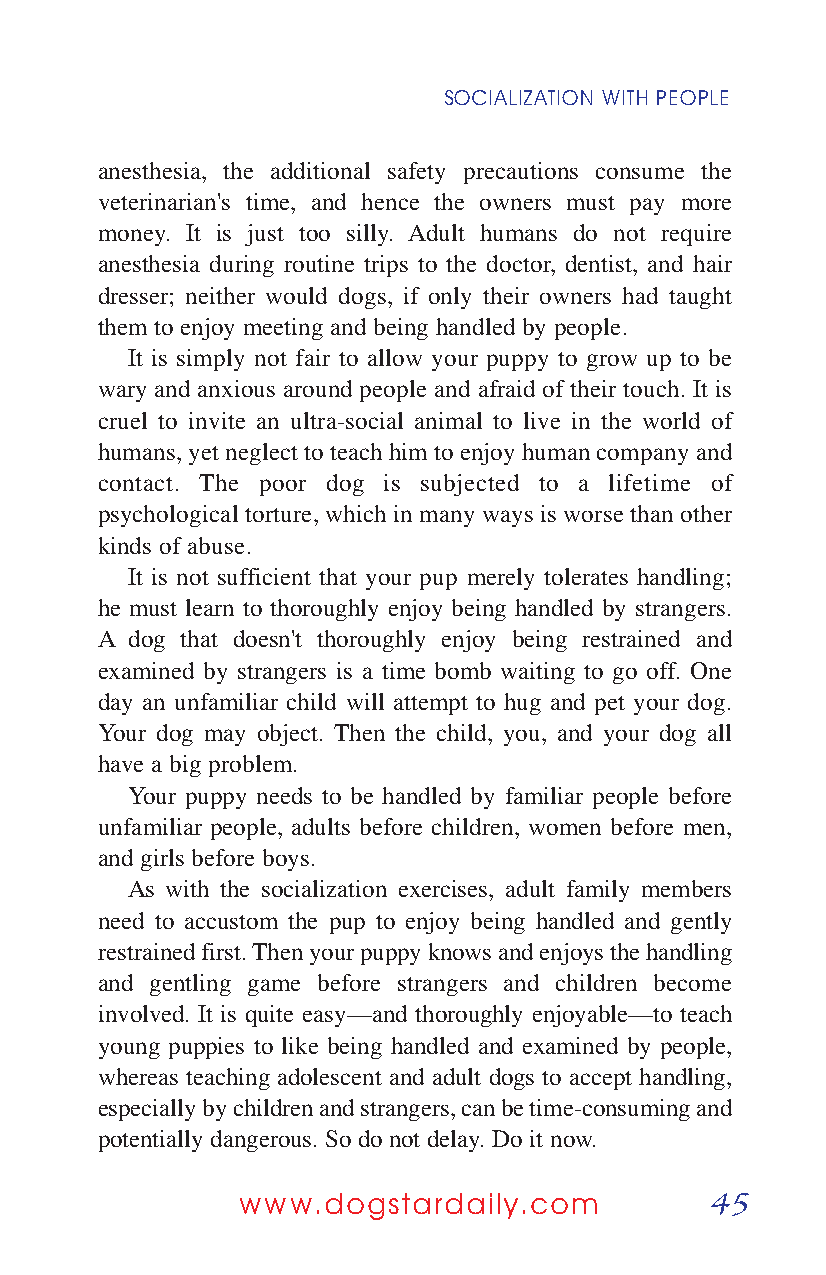
SOCIALIZATION WITH PEOPLE
 anesthesia, the additional safety precautions consume the
 veterinarian's time, and hence the owners must pay more
 money. It is just too silly. Adult humans do not require
 anesthesia during routine trips to the doctor, dentist, and hair
 dresser; neither would dogs, if only their owners had taught
 them to enjoy meeting and being handled by people.
 It is simply not fair to allow your puppy to grow up to be
 wary and anxious around people and afraid of their touch. It is
 cruel to invite an ultra-social animal to live in the world of
 humans, yet neglect to teach him to enjoy human company and
 contact. The poor dog is subjected to a lifetime of
 psychological torture, which in many ways is worse than other
 kinds of abuse.
 It is not sufficient that your pup merely tolerates handling;
 he must learn to thoroughly enjoy being handled by strangers.
 A  dog that doesn't thoroughly enjoy being restrained and
 examined by strangers is a time bomb waiting to go off. One
 day an unfamiliar child will attempt to hug and pet your dog.
 Your dog may object. Then the child, you, and your dog all
 have a big problem.
 Your puppy needs to be handled by familiar people before
 unfamiliar people, adults before children, women before men,
 and girls before boys.
 As with the socialization exercises, adult family members
 need to accustom the pup to enjoy being handled and gently
 restrained first. Then your puppy knows and enjoys the handling
 and gentling game before strangers and children become
 involved. It is quite easy—and thoroughly enjoyable—to teach
 young puppies to like being handled and examined by people,
 whereas teaching adolescent and adult dogs to accept handling,
 especially by children and strangers, can be time-consuming and
 potentially dangerous. So do not delay. Do it now.
 45
 www.dogstardaily.com